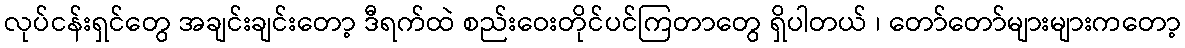
လုပ်ငန်းရှင်တွေ အချင်းချင်းတော့ ဒီရက်ထဲ စည်းဝေးတိုင်ပင်ကြတာတွေ ရှိပါတယ် ၊ တော်တော်များများကတော့